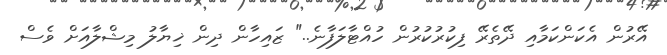
އޭރުން އެކަންކަމާއި ދޭތެރޭ ފިކުރުކުރުން ހުއްޓާލަފާނެ.." ޒައިހާން ދިން ޚިޔާލު މިޝްލާއަށް ވެސް